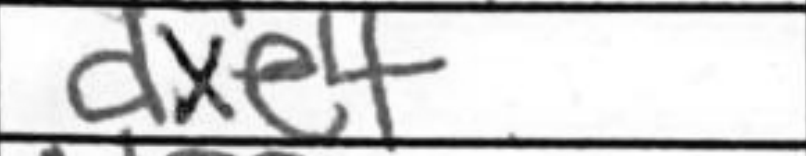
Transcription: dxe4